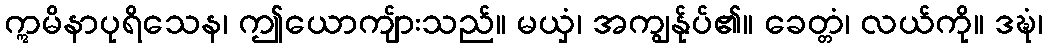
ဣမိနာပုရိသေန၊ ဤယောကျ်ားသည်။ မယှံ၊ အကျွန်ုပ်၏။ ခေတ္တံ၊ လယ်ကို။ ဒဍ္ဎံ၊